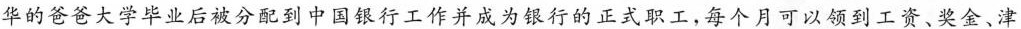
华的爸爸大学毕业后被分配到中国银行工作并成为银行的正式职工，每个月可以领到工资、奖金、津